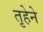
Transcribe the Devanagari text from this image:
तृहेने